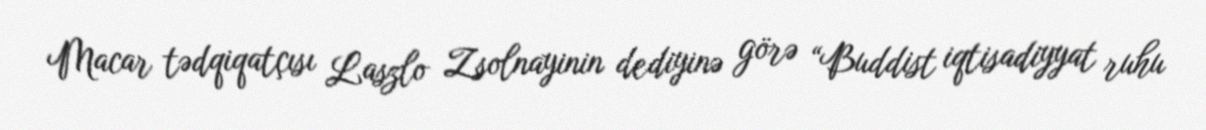
Macar tədqiqatçısı Laszlo Zsolnayinin dediyinə görə “Buddist iqtisadiyyat ruhu